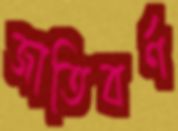
জাতিবর্ণ